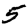
Digit: 5